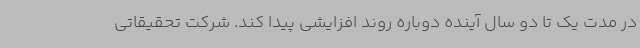
در مدت یک تا دو سال آینده دوباره روند افزایشی پیدا کند. شرکت تحقیقاتی